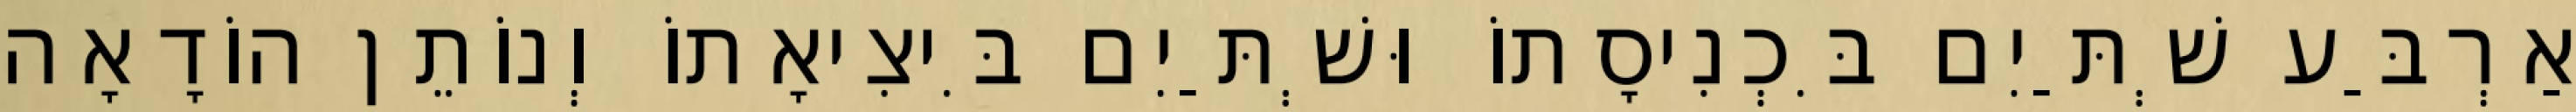
אַרְבַּע שְׁתַּיִם בִּכְנִיסָתוֹ וּשְׁתַּיִם בִּיצִיאָתוֹ וְנוֹתֵן הוֹדָאָה